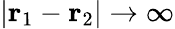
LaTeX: |{\mathbf r}_{1}-{\mathbf r}_{2}|\rightarrow\infty